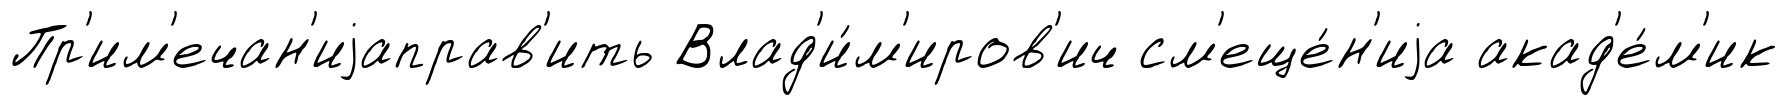
Пр'им'ечан'иjаправ'ить Влад'и́м'иров'ич см'еще́н'иjа акад'е́м'ик